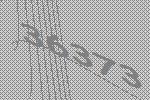
36373